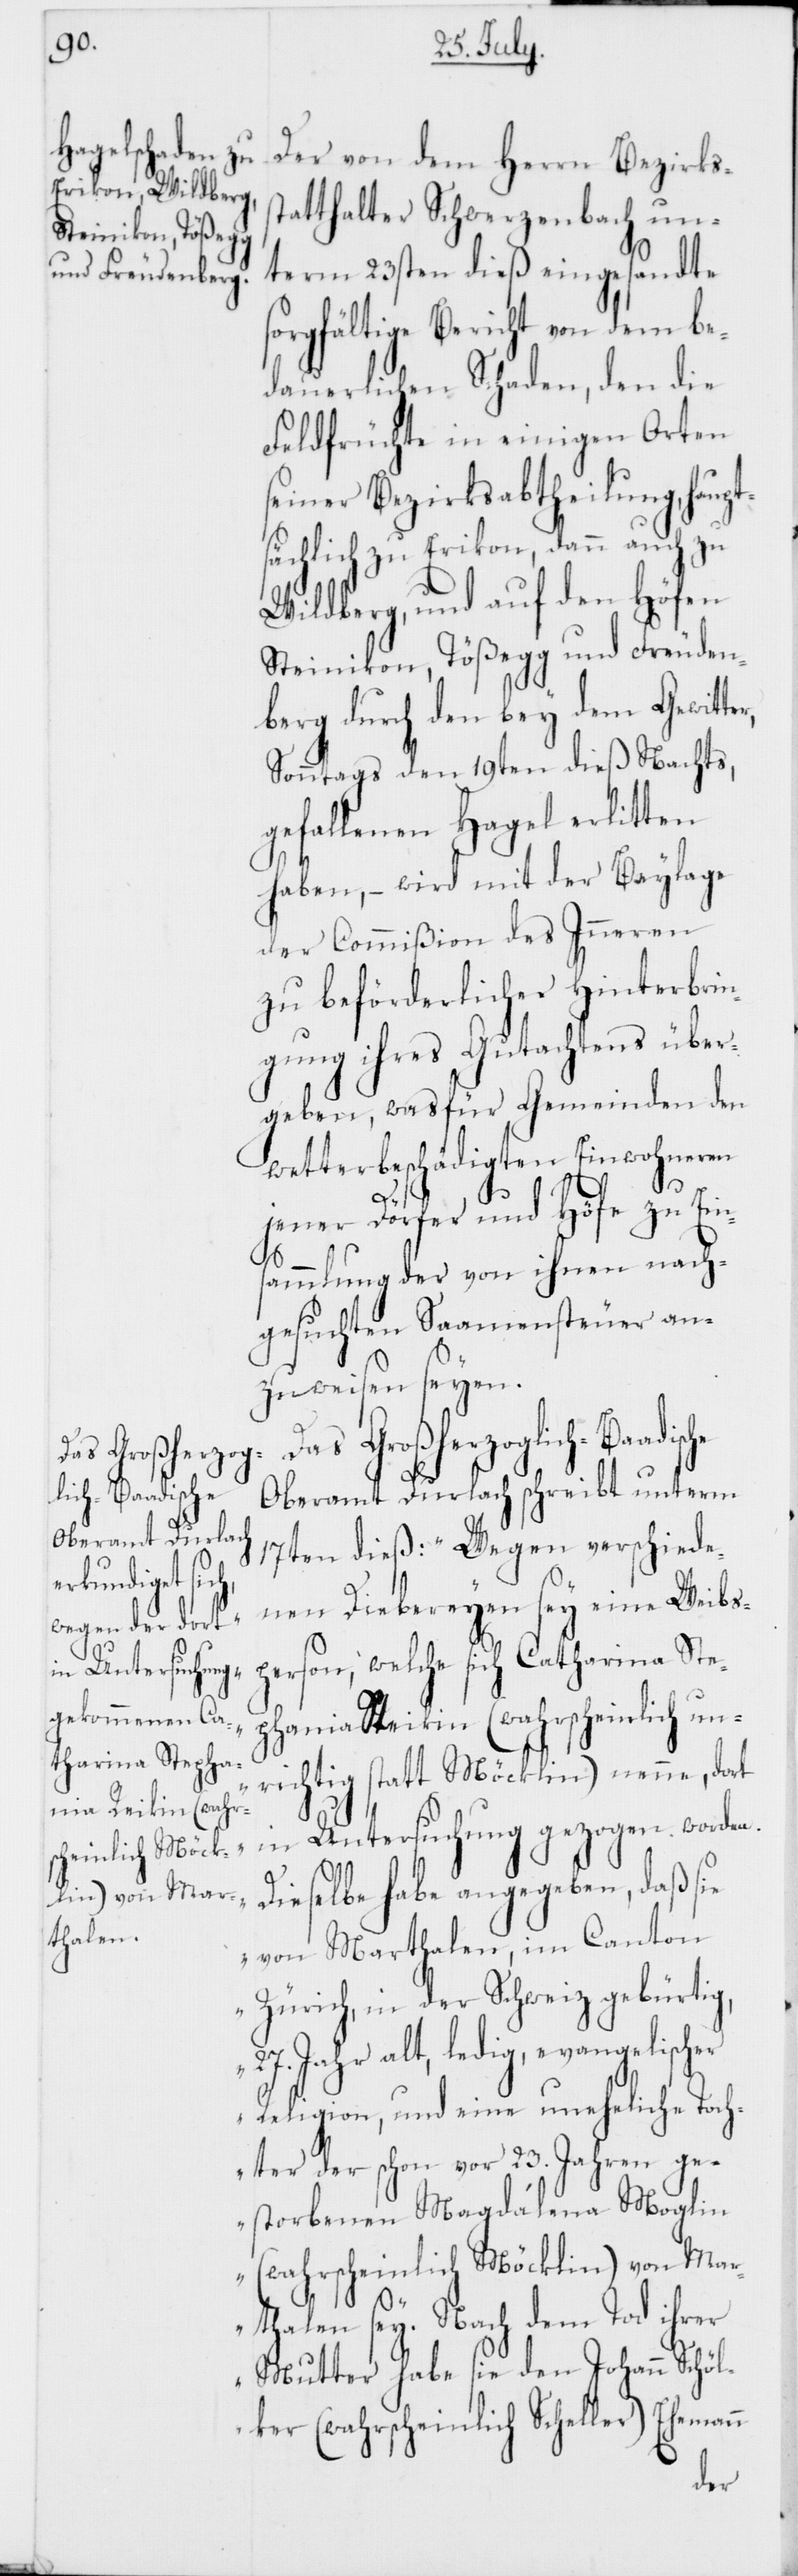
Das Großherzog¬
lich-Baadische

Der von dem Herrn Bezirks¬
tatthalter Schwerzenbach un¬
term 23sten dieß eingesandte
sorgfältige Bericht von dem be¬
dauerlichen Schaden, den die
Feldfrüchte in einigen Orten
seiner Bezirksabtheilung, haupt¬
sächlich zu Erikon, dann auch zu
Wildberg, und auf den Höfen
Steinikon, Tößegg und Freuden¬
berg durch den bey dem Gewitter
Sonntags den 19ten dieß Nachts,
gefallenen Hagel erlitten
haben, – wird mit der Beylage
der Commißion des Inneren
zu beförderlicher Hinterbrin¬
gung ihres Gutachtens über¬
geben, was für Gemeinden den
wetterbeschädigten Einwohneren
n
jener Dörfer und Höfe zu Ein¬
hania
sammlung der von ihnen nach¬
gesuchten Samensteuer an¬
zuweisen seyen.
Oberamt Durlach schreibt unterm
17ten dieß: „Wegen verschiede¬
nen Diebereyen sey eine Weibs¬
person, welche sich Catharina Step¬
Steikin [sic!] (wahrscheinlich un¬
richtig statt Möcklin) nenne, dort
in Untersuchung gezogen worden.
Dieselbe habe angegeben, daß sie
von Marthalen, im Canton
Zürich, in der Schweiz gebürtig,
27. Jahr alt, ledig, evangelischer
Religion, und eine uneheliche Toch¬
ter der schon vor 23. Jahren ge¬
storbenen Magdalena Moglin
(wahrscheinlich Möcklin) von Ma¬
rthalen sey. Nach dem Tod ihrer
Mutter habe sie den Johann Schöl¬
ker (wahrscheinlich Scheller) Eheman¬